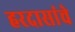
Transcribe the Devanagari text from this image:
हरदासांचे